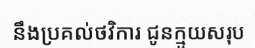
នឹងប្រគល់ថវិការ ជូនក្មួយសរុប